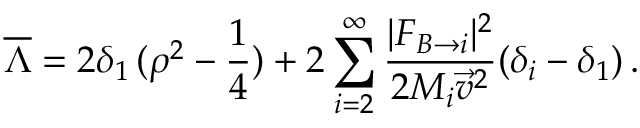
\overline { { { \Lambda } } } = 2 \delta _ { 1 } \, ( \rho ^ { 2 } - \frac { 1 } { 4 } ) + 2 \sum _ { i = 2 } ^ { \infty } \frac { | F _ { B \rightarrow i } | ^ { 2 } } { 2 M _ { i } { \vec { v } } ^ { 2 } } ( \delta _ { i } - \delta _ { 1 } ) \, .